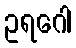
ဥရဂေါ